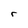
Character: r